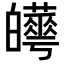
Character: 𤾼